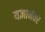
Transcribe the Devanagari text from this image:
यज्ञानंतर